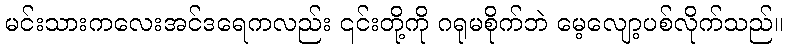
မင်းသားကလေးအင်ဒရေကလည်း ၎င်းတို့ကို ဂရုမစိုက်ဘဲ မေ့လျော့ပစ်လိုက်သည်။